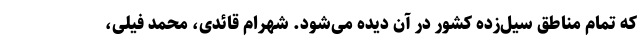
که تمام مناطق سیل‌زده کشور در آن دیده می‌شود. شهرام قائدی، محمد فیلی،